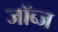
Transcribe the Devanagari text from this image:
जॉब्ज